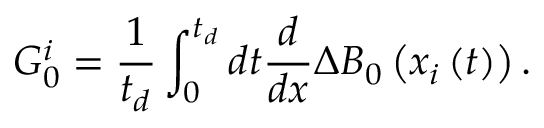
G _ { 0 } ^ { i } = \frac { 1 } { t _ { d } } \int _ { 0 } ^ { t _ { d } } d t \frac { d } { d x } \Delta B _ { 0 } \left( x _ { i } \left( t \right) \right) .